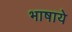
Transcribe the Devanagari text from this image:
भाषाये